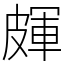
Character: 皹